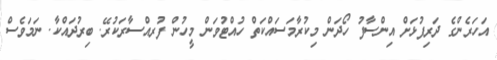
އަހަރެންގެ ދަރިފުޅަށް އިންސާފު ހޯދަން މިކުރާމަސައްކަތް ހުއްޓުވަން މީހުން ފުރއްސާރަކުރޭ. ބިރުދައްކާ. ނަމަވެސް